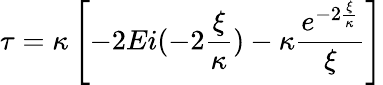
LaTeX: \tau=\kappa\left[-2Ei(-2\frac{\xi}{\kappa})-\kappa\frac{e^{-2\frac{\xi}{\kappa}}}{\xi}\right]